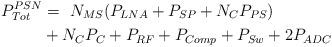
LaTeX: \begin{align*} P_{Tot}^{PSN} &=\ N_{MS}(P_{LNA} + P_{SP} + N_{C}P_{PS}) \\ & + N_{C}P_C + P_{RF} + P_{Comp} + P_{Sw} + 2P_{ADC}\end{align*}